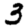
Digit: 3